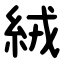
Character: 絨